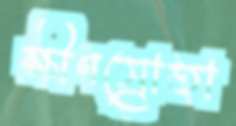
ক্ষীণস্রোতা